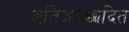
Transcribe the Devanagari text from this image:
अतिआच्छादित